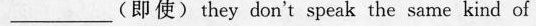
___(即使)theydon't speak the same kind of